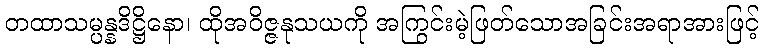
တထာသမ္ပန္နဒိဋ္ဌိနော၊ ထိုအဝိဇ္ဇနုသယကို အကြွင်းမဲ့ဖြတ်သောအခြင်းအရာအားဖြင့်